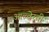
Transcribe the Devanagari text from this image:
आल्वेरती